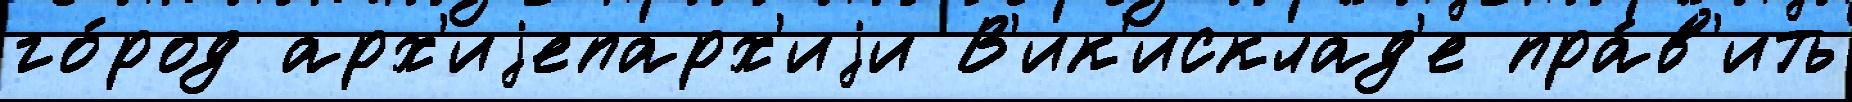
го́род арх'иjепарх'иjи В'ик'исклад'е пра́в'ить